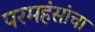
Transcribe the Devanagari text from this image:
परमहंसांचा